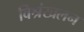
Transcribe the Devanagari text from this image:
विश्रंखलन